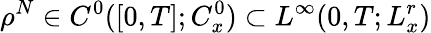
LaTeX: \rho^{N}\in C^{0}([0,T];C_{x}^{0})\subset L^{\infty}(0,T;L_{x}^{r})